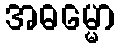
အဓမ္မော